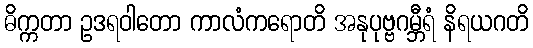
ဓိက္ကတာ ဥဒရဝါတော ကာလံကရောတိ အနုပုဗ္ဗဂမ္ဘီရံ နိရယဂတိ